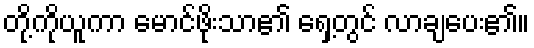
တို့ကိုယူကာ မောင်ဖိုးသာ၏ ရှေ့တွင် လာချပေး၏။